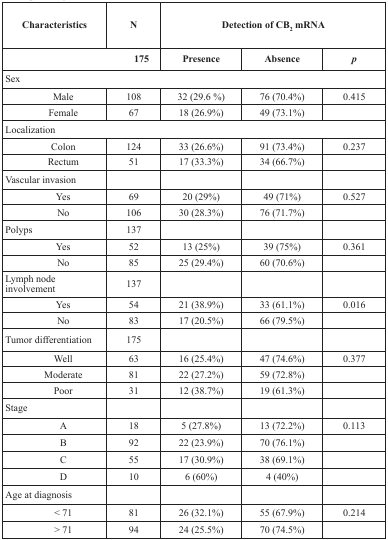
<table><thead><tr><td><b>Characteristics</b></td><td><b>N</b></td><td colspan="3"><b>Detection of CB<sub>2</sub> mRNA</b></td></tr><tr><td></td><td><b>175</b></td><td><b>Presence</b></td><td><b>Absence</b></td><td><b><i>p</i></b></td></tr></thead><tbody><tr><td colspan="5">Sex</td></tr><tr><td>Male</td><td>108</td><td>32 (29.6 %)</td><td>76 (70.4%)</td><td>0.415</td></tr><tr><td>Female</td><td>67</td><td>18 (26.9%)</td><td>49 (73.1%)</td><td></td></tr><tr><td colspan="5">Localization</td></tr><tr><td>Colon</td><td>124</td><td>33 (26.6%)</td><td>91 (73.4%)</td><td>0.237</td></tr><tr><td>Rectum</td><td>51</td><td>17 (33.3%)</td><td>34 (66.7%)</td><td></td></tr><tr><td>Vascular invasion</td><td></td><td></td><td></td><td></td></tr><tr><td>Yes</td><td>69</td><td>20 (29%)</td><td>49 (71%)</td><td>0.527</td></tr><tr><td>No</td><td>106</td><td>30 (28.3%)</td><td>76 (71.7%)</td><td></td></tr><tr><td>Polyps</td><td>137</td><td></td><td></td><td></td></tr><tr><td>Yes</td><td>52</td><td>13 (25%)</td><td>39 (75%)</td><td>0.361</td></tr><tr><td>No</td><td>85</td><td>25 (29.4%)</td><td>60 (70.6%)</td><td></td></tr><tr><td>Lymph node involvement</td><td>137</td><td></td><td></td><td></td></tr><tr><td>Yes</td><td>54</td><td>21 (38.9%)</td><td>33 (61.1%)</td><td>0.016</td></tr><tr><td>No</td><td>83</td><td>17 (20.5%)</td><td>66 (79.5%)</td><td></td></tr><tr><td>Tumor differentiation</td><td>175</td><td></td><td></td><td></td></tr><tr><td>Well</td><td>63</td><td>16 (25.4%)</td><td>47 (74.6%)</td><td>0.377</td></tr><tr><td>Moderate</td><td>81</td><td>22 (27.2%)</td><td>59 (72.8%)</td><td></td></tr><tr><td>Poor</td><td>31</td><td>12 (38.7%)</td><td>19 (61.3%)</td><td></td></tr><tr><td>Stage</td><td></td><td></td><td></td><td></td></tr><tr><td>A</td><td>18</td><td>5 (27.8%)</td><td>13 (72.2%)</td><td>0.113</td></tr><tr><td>B</td><td>92</td><td>22 (23.9%)</td><td>70 (76.1%)</td><td></td></tr><tr><td>C</td><td>55</td><td>17 (30.9%)</td><td>38 (69.1%)</td><td></td></tr><tr><td>D</td><td>10</td><td>6 (60%)</td><td>4 (40%)</td><td></td></tr><tr><td>Age at diagnosis</td><td></td><td></td><td></td><td></td></tr><tr><td>&lt; 71</td><td>81</td><td>26 (32.1%)</td><td>55 (67.9%)</td><td>0.214</td></tr><tr><td>&gt; 71</td><td>94</td><td>24 (25.5%)</td><td>70 (74.5%)</td><td></td></tr></tbody></table>